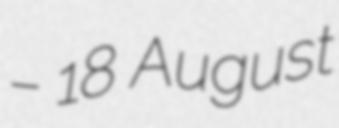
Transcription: – 18 August